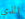
الذي